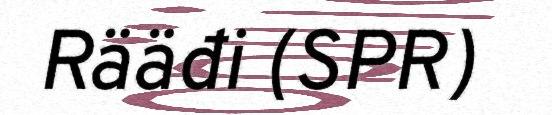
Rääđi (SPR)